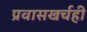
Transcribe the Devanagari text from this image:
प्रवासखर्चही